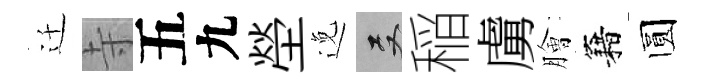
迁寺五九塋𨓜双稲虜膾籍圆